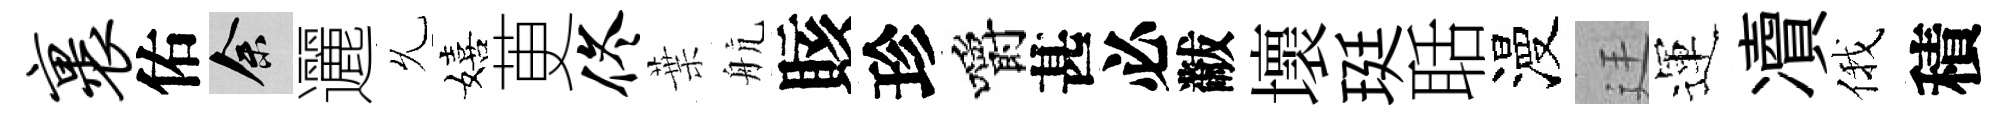
裹佑余邐𠃔嬉茰佟葉航賅珍嚼甚必黻壞珽聒漫廷運凟俄積